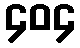
၄၀၄